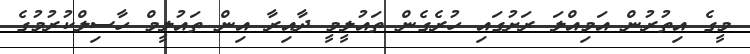
މީގެ އިތުރުން އަމިއްލަ ރަށުގައި ހުރެގެން ތައުލީމީ ދާއިރާ އިން ތައުލީމް ހާސިލްކުރުމުގެ